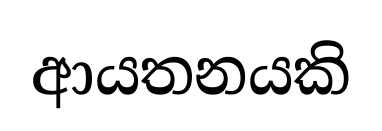
ආයතනයකි